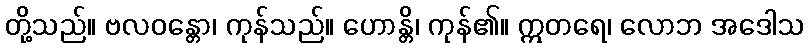
တို့သည်။ ဗလဝန္တော၊ ကုန်သည်။ ဟောန္တိ၊ ကုန်၏။ ဣတရေ၊ လောဘ အဒေါသ